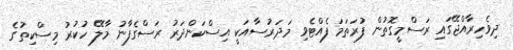
ދިވެހިރާއްޖޭގައި ރަސްމީގޮތުން ފުރަތަމަ ފެއްޓެވި މަދަރުސާއަކީ އިސްކަންދަރު ރަސްގެފާނު މާލޭ ހުކުރު މިސްކިތުގެ